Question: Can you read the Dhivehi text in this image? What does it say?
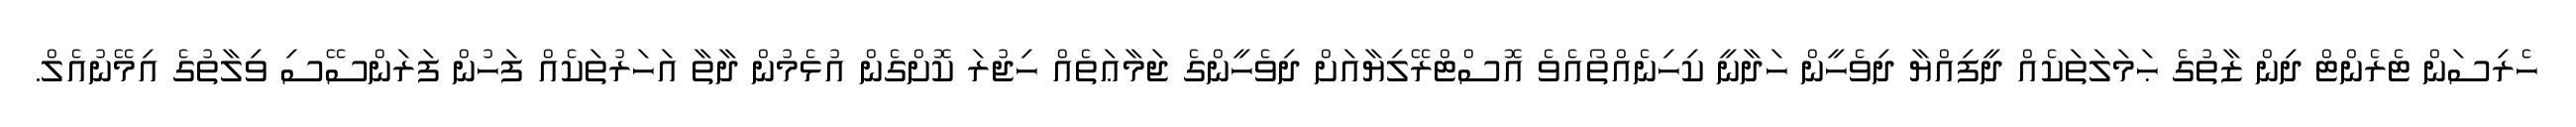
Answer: ހެރިސަން ޓެރެންޓް ދިން ޒާތުގެ ޙަމަލަތަކެއް ދީފިއްޔާ ދިވެހީން ހަދާނީ ކިހިނެއްތޯއެވެ އޮސްޓްރޭލިޔާއަށް ދިވެހީންގެ ޖަމާޢަތެއް ހިޖުރަ ކޮށްގެން އުޅެމުން ދާތާ އަހަރުތަކެއް ފަހުން ފަރަންސޭސި ވިލާތުގެ އިމޭނުއެލް.